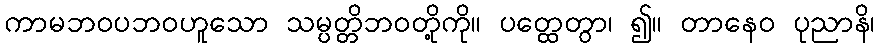
ကာမဘဝပဘဝဟူသော သမ္ပတ္တိဘဝတို့ကို။ ပတ္ထေတွာ၊ ၍။ တာနေဝ ပုညာနိ၊